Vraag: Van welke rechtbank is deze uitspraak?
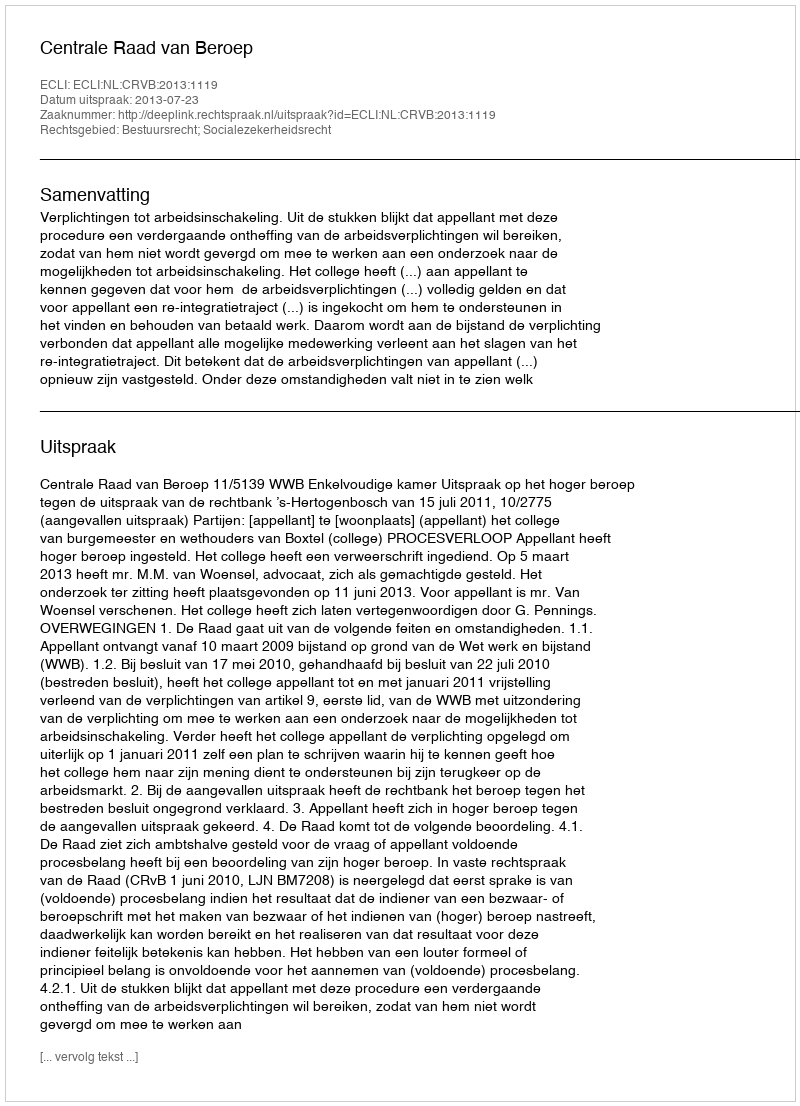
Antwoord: Centrale Raad van Beroep